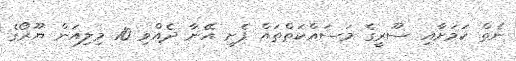
ނެތް ކަމަށާއި ސޫރީގެ މަސައްކަތްތައް ފެށީ އޭނާ ދެއްވި 10 މިލިއަން ޔޫރޯގެ